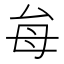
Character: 𭯇